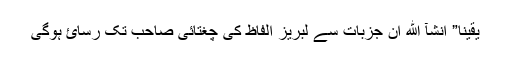
یقینا” انشآ الله ان جزبات سے لبریز الفاظ کی چغتائی صاحب تک رسائ ہوگی